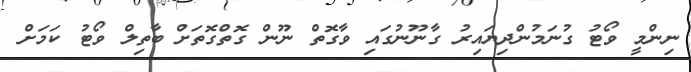
ނިންމީ ވޯޓު ގުނަމުންދިޔައިރު ގާނޫނުގައި ވާގޮތް ނޫން ގޮތްގޮތަށް ބާތިލް ވޯޓު ކަމަށް